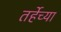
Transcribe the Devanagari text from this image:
तर्हेच्या